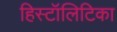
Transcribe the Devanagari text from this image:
हिस्टॉलिटिका